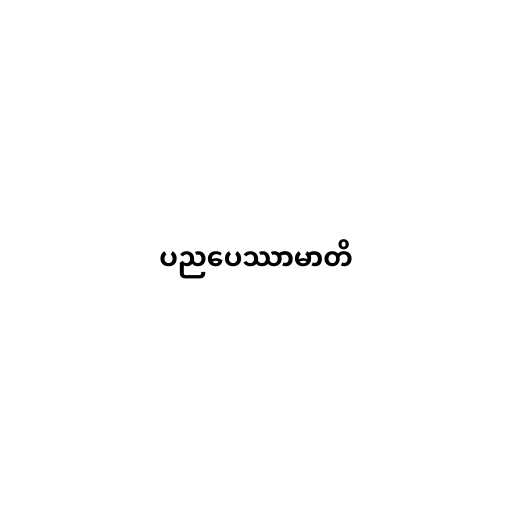
ပညပေဿာမာတိ